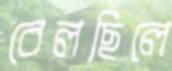
বেলছিলে